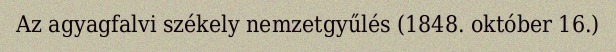
Az agyagfalvi székely nemzetgyűlés (1848. október 16.)